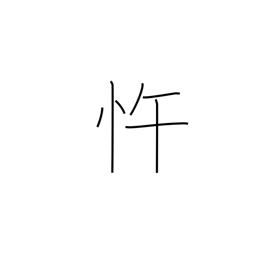
Meaning: insubordinate